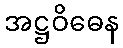
အဋ္ဌဝိဓေန